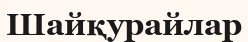
Шайқурайлар